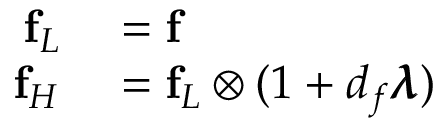
\begin{array} { r l } { \mathbf { f } _ { L } } & { { } = \mathbf { f } } \\ { \mathbf { f } _ { H } } & { { } = \mathbf { f } _ { L } \otimes ( 1 + d _ { f } \pmb { \lambda } ) } \end{array}